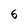
Character: 6